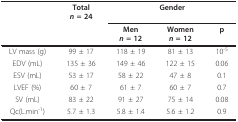
|  | Totaln = 24 | <COLSPAN=3> Gender |
 |  |  | Menn = 12 | Womenn = 12 | p |
 | --- | --- | --- | --- | --- |
 | LV mass (g) | 99 ± 17 | 118 ± 19 | 81 ± 13 | 10-5 |
 | EDV (mL) | 135 ± 36 | 149 ± 46 | 122 ± 15 | 0.06 |
 | ESV (mL) | 53 ± 17 | 58 ± 22 | 47 ± 8 | 0.1 |
 | LVEF (%) | 60 ± 7 | 61 ± 7 | 60 ± 7 | 0.7 |
 | SV (mL) | 83 ± 22 | 91 ± 27 | 75 ± 14 | 0.08 |
 | Qc(L.min-1) | 5.7 ± 1.3 | 5.8 ± 1.4 | 5.6 ± 1.2 | 0.9 |